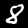
Label: 8